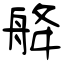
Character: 舽